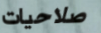
صلاحيات